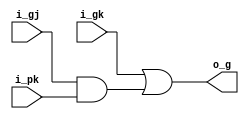
module grey(
  input  wire i_gj,
  input  wire i_pk,
  input  wire i_gk,
  output wire o_g
);

assign o_g = i_gk | (i_gj & i_pk);

// wire temp1;
// and and_gate1(temp1, i_gj, i_pk);
// or or_gate1(o_g, temp1, i_gk);

endmodule